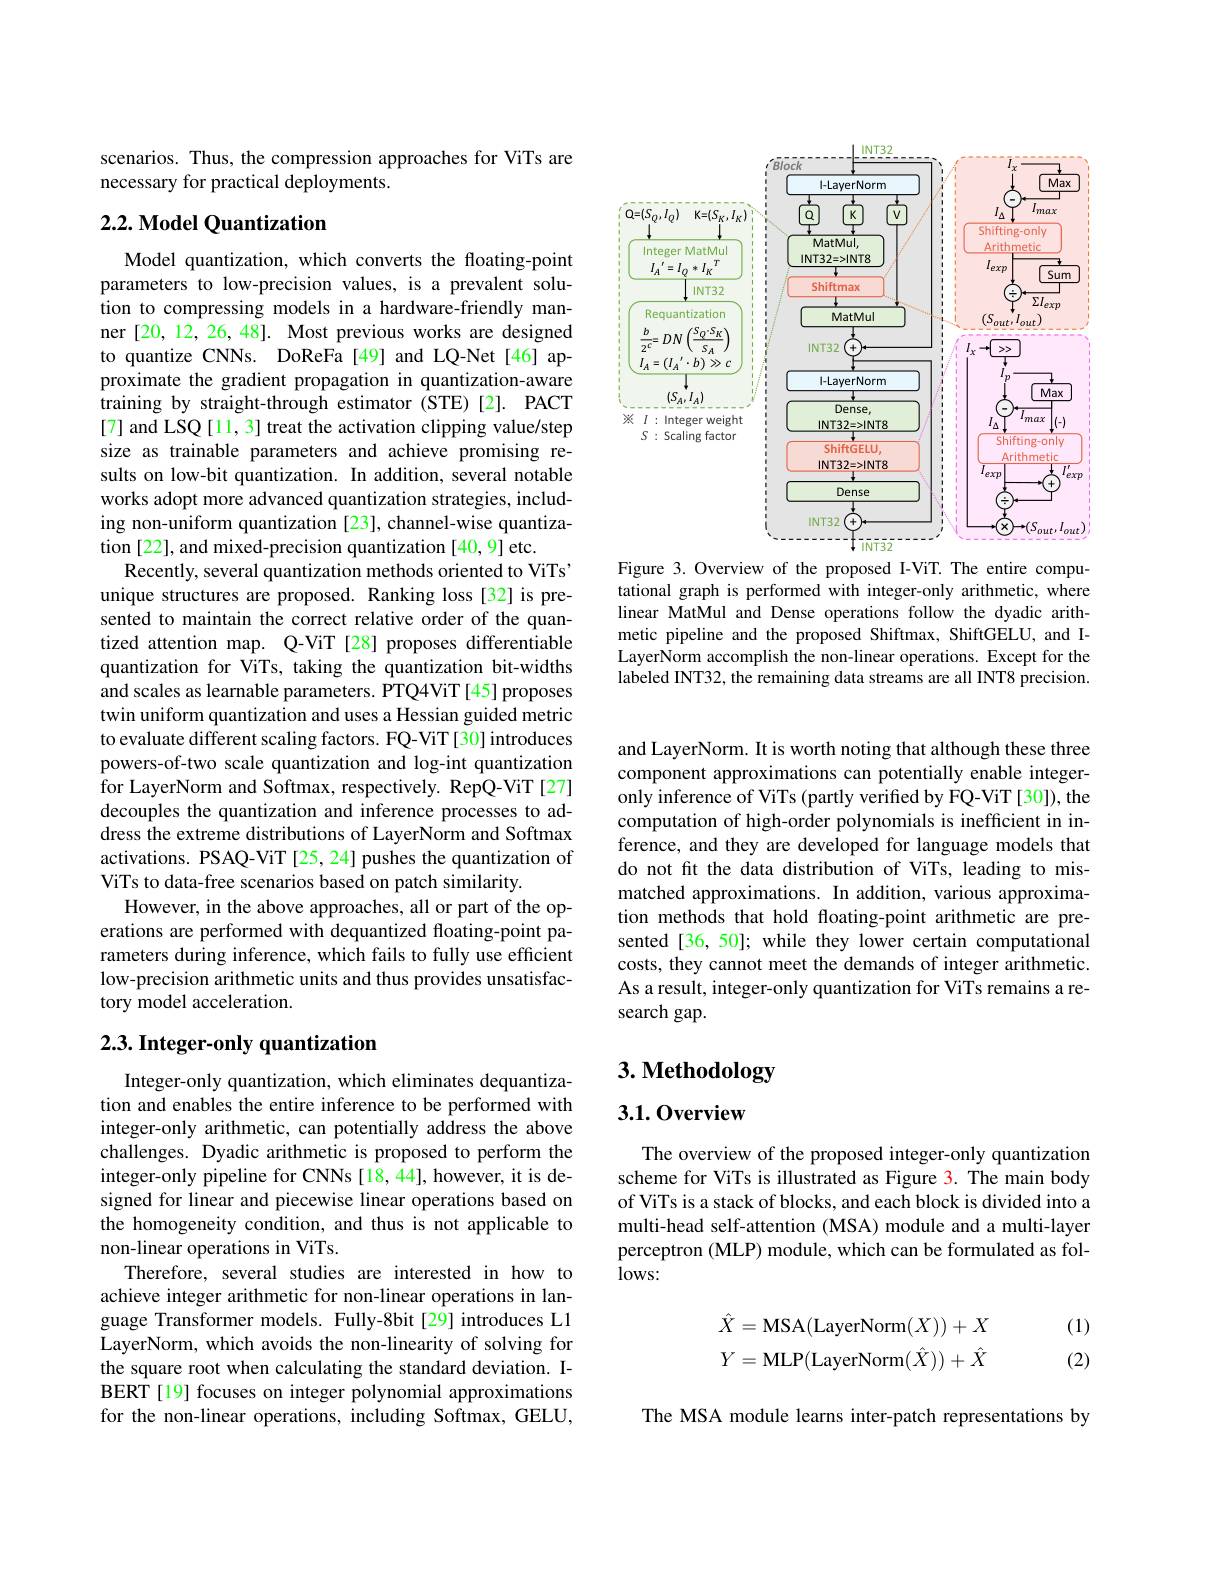
<FigureHere>
Figure 3. Overview of the proposed I-ViT. The entire compu-

tational graph is performed with integer-only arithmetic, where linear MatMul and Dense operations follow the dyadic arithmetic pipeline and the proposed Shiftmax, ShiftGELU, and ILayerNorm accomplish the non-linear operations. Except for the labeled INT32, the remaining data streams are all INT8 precision.

scenarios. Thus, the compression approaches for ViTs are
necessary for practical deployments.

## $2. 2. \textbf{ Model Quantization}$

Model quantization, which converts the floating-point parameters to low-precision values, is a prevalent solution to compressing models in a hardware-friendly manner [20,12,26,48]. Most previous works are designed to quantize CNNs. DoReFa[49] and LQ-Net[46] approximate the gradient propagation in quantization-aware $\hat{\text{training by straight-through estimator (STE)[2].}}$PACT [7] and LSQ [11, 3] treat the activation clipping value/step size as trainable parameters and achieve promising results on low-bit quantization. In addition, several notable works adopt more advanced quantization strategies, including non-uniform quantization [23], channel-wise quantization [22], and mixed-precision quantization [40,9] etc.
Recently, several quantization methods oriented to ViTs' unique structures are proposed. Ranking loss[32] is presented to maintain the correct relative order of the quantized attention map. Q-ViT [28] proposes differentiable quantization for ViTs, taking the quantization bit-widths and scales as learnable parameters. PTQ4ViT[45] proposes twin uniform quantization and uses a Hessian guided metric to evaluate different scaling factors. FQ-ViT [30] introduces powers-of-two scale quantization and log-int quantization for LayerNorm and Softmax, respectively. RepQ-ViT[27] decouples the quantization and inference processes to address the extreme distributions of LayerNorm and Softmax activations. PSAQ-ViT[25,24] pushes the quantization of ViTs to data-free scenarios based on patch similarity.
However, in the above approaches, all or part of the operations are performed with dequantized floating-point parameters during inference, which fails to fully use efficient low-precision arithmetic units and thus provides unsatisfactory model acceleration.

### $2. 3. \textbf{ Integer- only quantization}$

Integer-only quantization, which eliminates dequantization and enables the entire inference to be performed with integer-only arithmetic, can potentially address the above challenges. Dyadic arithmetic is proposed to perform the integer-only pipeline for CNNs [18,44], however, it is designed for linear and piecewise linear operations based on the homogeneity condition, and thus is not applicable to non-linear operations in ViTs.
Therefore, several studies are interested in how to achieve integer arithmetic for non-linear operations in language Transformer models. Fully-8bit [29] introduces L1 LayerNorm, which avoids the non-linearity of solving for the square root when calculating the standard deviation. IBERT[19] focuses on integer polynomial approximations for the non-linear operations, including Softmax, GELU,

and LayerNorm. It is worth noting that although these three component approximations can potentially enable integeronly inference of ViTs (partly verified by FQ-ViT [30]), the computation of high-order polynomials is inefficient in inference, and they are developed for language models that do not fit the data distribution of ViTs, leading to mismatched approximations. In addition, various approximation methods that hold floating-point arithmetic are presented [36, 50]; while they lower certain computational costs, they cannot meet the demands of integer arithmetic. As a result, integer-only quantization for ViTs remains a research gap.

# 3. Methodology

## 3.1.0verview

The overview of the proposed integer-only quantization scheme for ViTs is illustrated as Figure 3. The main body of ViTs is a stack of blocks, and each block is divided into a multi-head self-attention (MSA) module and a multi-layer perceptron (MLP) module, which can be formulated as fol- $lows:$

(1)
$$\begin{aligned}\hat X&=\text{MSA(LayerNorm}(X))+X\\Y&=\text{MLP(LayerNorm}(\hat X))+\hat X\end{aligned}$$
(2)

The MSA module learns inter-patch representations by